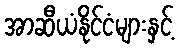
အာဆီယံနိုင်ငံများနှင့်